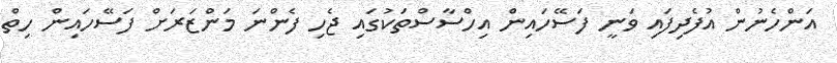
އަންހެނުން އުފެދިފައި ވަނީ ފަސޭހައިިން އިހްސާސްތަކުގައި ޖެހި ފެންނަ މަންޒަރަށް ފަސޭހައިން ހިތް